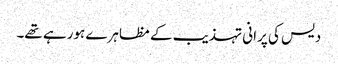
دیس کی پرانی تہذیب کے مظاہرے ہورہے تھے۔